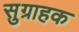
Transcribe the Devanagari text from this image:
सुग्राहक